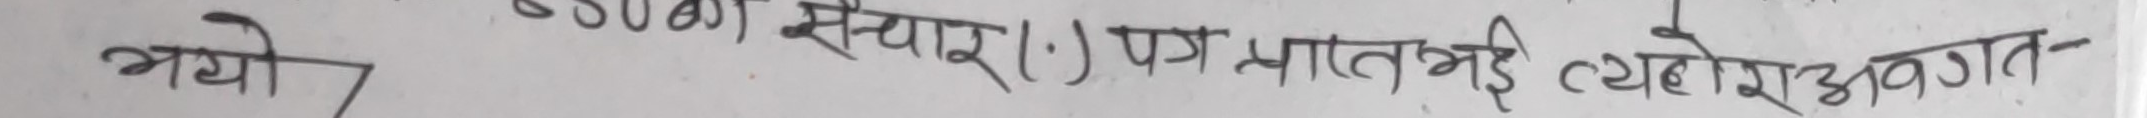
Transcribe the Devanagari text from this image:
भयो। ०४ सेयार १.) पत्रात्मही थेोरा अवगत-